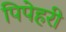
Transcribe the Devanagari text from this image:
पिपेहरी